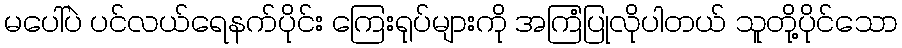
မပေါ်ပဲ ပင်လယ်ရေနက်ပိုင်း ကြေးရုပ်များကို အကြံပြုလိုပါတယ် သူတို့ပိုင်သော